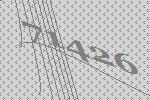
71426